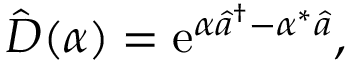
\hat { D } ( \alpha ) = \mathrm { e } ^ { \alpha \hat { a } ^ { \dag } - \alpha ^ { * } \hat { a } } ,